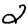
Digit: 2